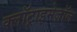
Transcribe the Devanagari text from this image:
क्लॉट्राइमेज़ॉल